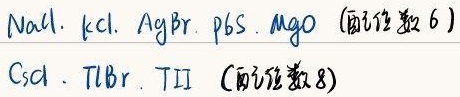
\(NaCl、KCl、AgBr、PbS、MgO\)（配位数 6） \(CsCl、TlBr、TlI\)（配位数 8）